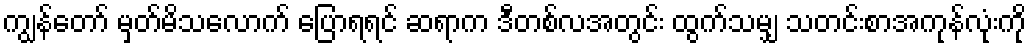
ကျွန်တော် မှတ်မိသလောက် ပြောရရင် ဆရာက ဒီတစ်လအတွင်း ထွက်သမျှ သတင်းစာအကုန်လုံးကို